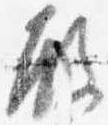
殿